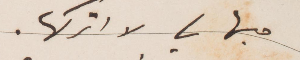
حبها لي لا اتركها.